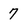
Character: 7